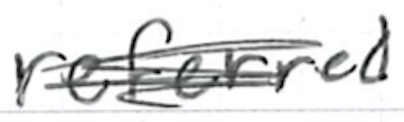
Text: referred
Cross-out: scratch
Writing tool: ballpoint